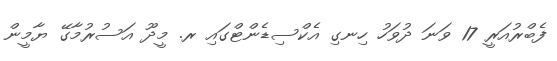
ފެބްރުއަރީ 17 ވަނަ ދުވަހު ހިނގި އެކްސިޑެންޓްގައި ރ. މީދޫ އަސުރުމާގޭ ޔާމީން